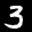
Label: 3